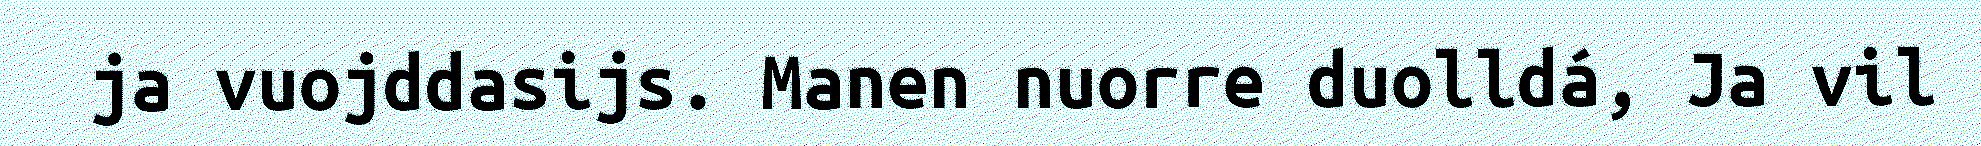
ja vuojddasijs. Manen nuorre duolldá, Ja vil